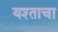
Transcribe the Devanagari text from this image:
यश्ताचा